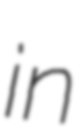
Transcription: in